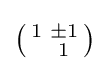
\left({\begin{smallmatrix}1&\pm 1\\&1\end{smallmatrix}}\right)